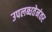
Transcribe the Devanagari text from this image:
उपलब्धतेनंतर